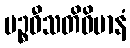
ပဉ္စဝီသတိဝိမာနံ